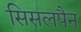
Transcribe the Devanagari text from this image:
सिसलपैन